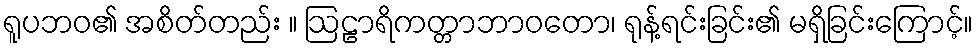
ရူပဘဝ၏ အစိတ်တည်း ။ ဩဠာရိကတ္တာဘာဝတော၊ ရုန့်ရင်းခြင်း၏ မရှိခြင်းကြောင့်။